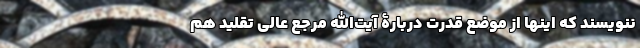
ننویسند که اینها از موضع قدرت دربارۀ آیت‌الله مرجع عالی تقلید هم